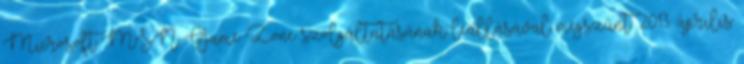
Microsoft MSN Game Zone szolgáltatásának leállásával megszűnt. 2013. április